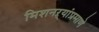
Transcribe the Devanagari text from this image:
मिशनऱ्यांप्रमाणे